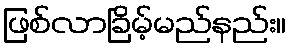
ဖြစ်လာခြိမ့်မည်နည်း။